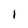
Character: i